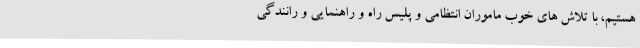
هستیم، با تلاش های خوب ماموران انتظامی و پلیس راه و راهنمایی و رانندگی